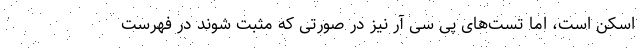
اسکن است، اما تست‌های پی سی آر نیز در صورتی که مثبت شوند در فهرست